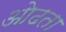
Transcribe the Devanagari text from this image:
ओढता